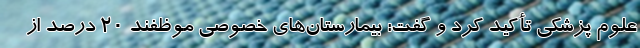
علوم پزشکی تأکید کرد و گفت: بیمارستان‌های خصوصی موظفند 20 درصد از